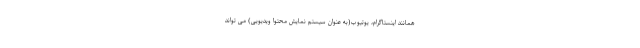
همانند اینستاگرام، یوتیوب(به عنوان سیستم نمایش محتوا ویدیویی) می تواند